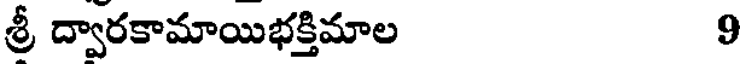
శ్రీ ద్వారకామాయిభక్తిమాల 9